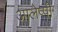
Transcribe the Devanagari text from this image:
आलेप्पी